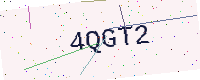
Text: 4QGT2